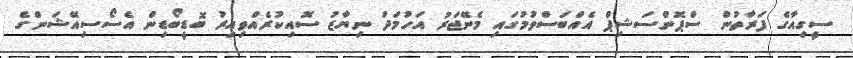
ސީގިއާގެ ފަރާތުން ސްޕޮންސަޝިޕް އެއްބަސްވުމުގައި މެނޭޖަރު އަހުމަދު ނިޔާޒު ސޮއިކުރެއްވިއިރު ބޮޑީބޯޑިން އެސޯސިއޭޝަންގެ